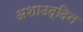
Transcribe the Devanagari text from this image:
अशाउद्दिन